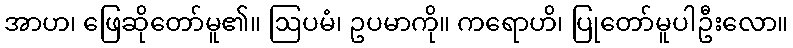
အာဟ၊ ဖြေဆိုတော်မူ၏။ ဩပမံ၊ ဥပမာကို။ ကရောဟိ၊ ပြုတော်မူပါဦးလော။